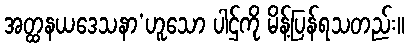
အတ္ထနယဒေသနာ’ဟူသော ပါဌ်ကို မိန့်ပြန်ရသတည်း။